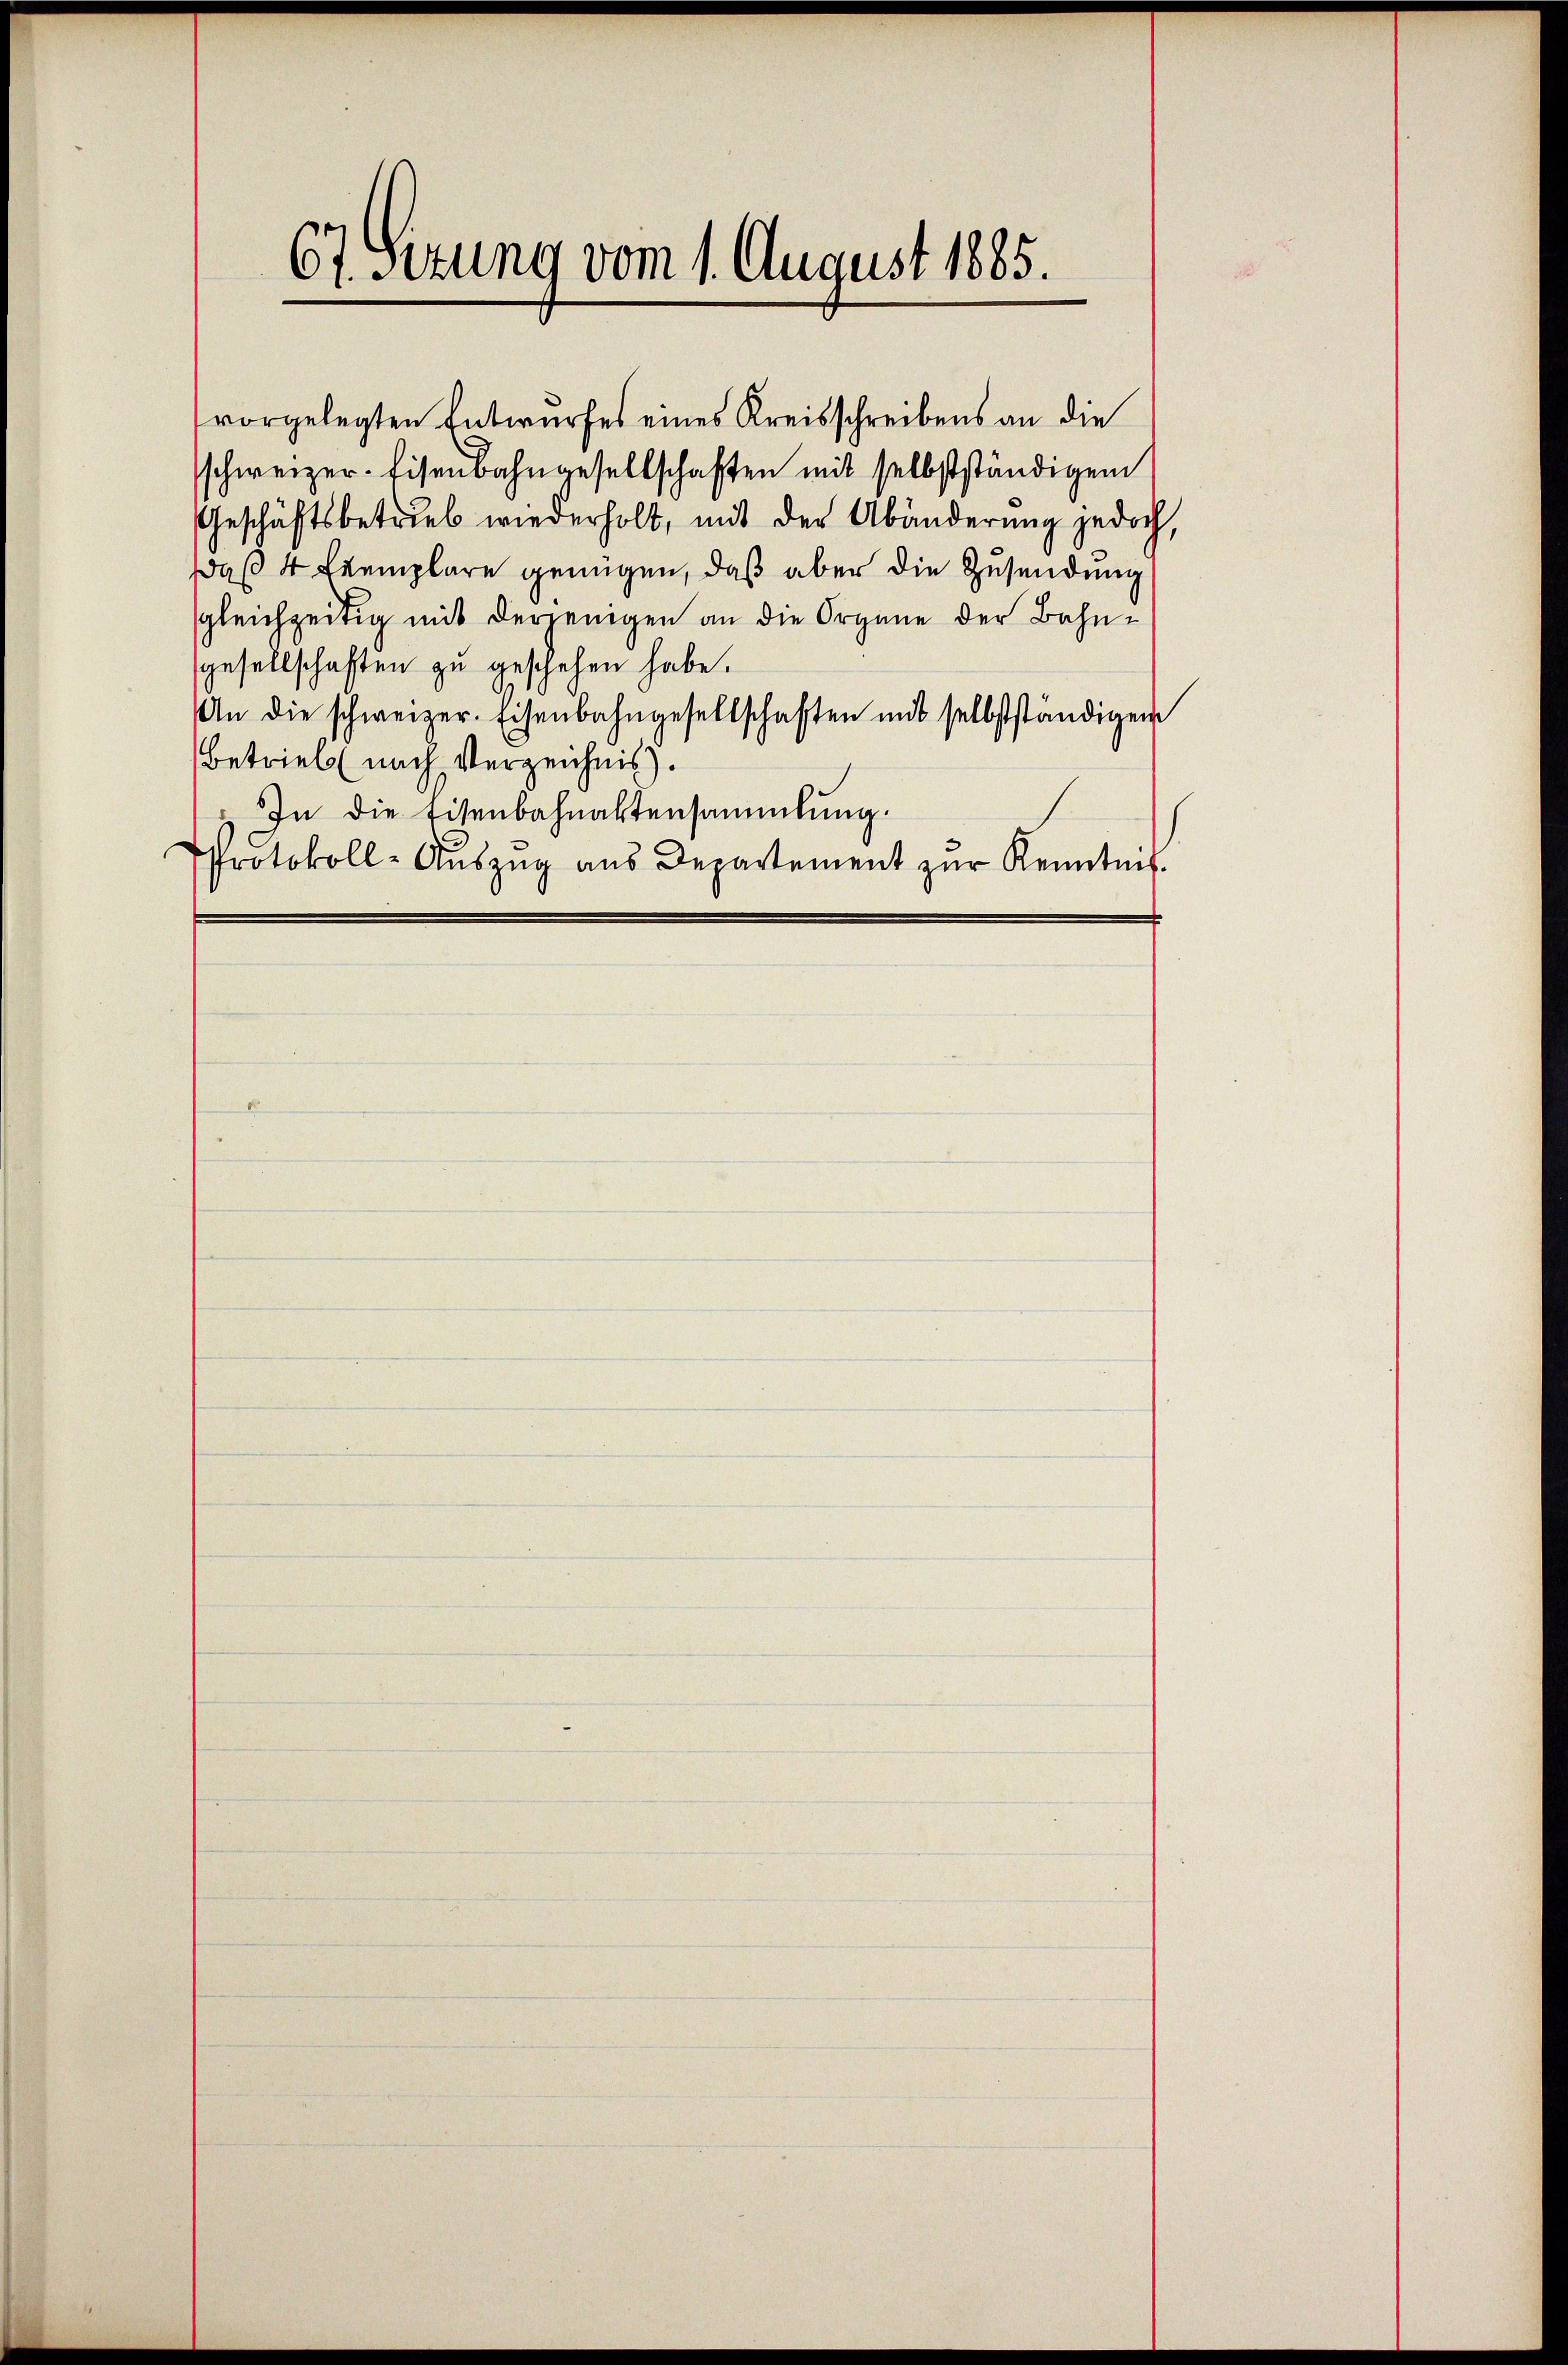
67. Sizung vom 1. August 1885.

vorgelegten Entwurfes eines Kreisschreibens an die
sschweizer-Eisenbahngesellschaften mit selbstständigem
Geschäftsbetrieb wiederholt, mit der Abänderŭng jedoch,
daß 4 Exemplare genügen, daß aber die Zusendung
gleichzeitig mit derjenigen an die Organe der Bahngesellschaften zu geschehen habe.
An die schweizer. Eisenbahngesellschaften mit selbstständigem
Betrieb (nach Verzeichnis).
" In die Eisenbahnaktensammlung.
Protokoll-Auszug aus Departement zur Kenntnis.